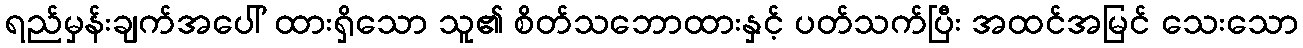
ရည်မှန်းချက်အပေါ် ထားရှိသော သူ၏ စိတ်သဘောထားနှင့် ပတ်သက်ပြီး အထင်အမြင် သေးသော